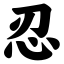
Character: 忍